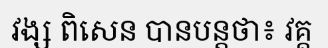
វង្ស ពិសេន បានបន្តថា៖ វគ្គ